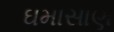
ઘમાસાણ